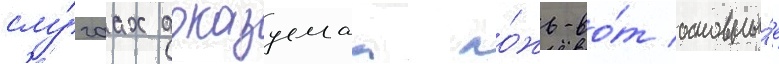
слу́чаах доказуемаа ло́жь-во́т основны́е